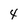
Character: 4